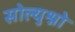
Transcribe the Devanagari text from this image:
सोल्युश्नो